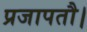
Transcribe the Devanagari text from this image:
प्रजापतौ।